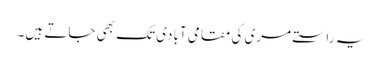
یہ راستے مری کی مقامی آبادی تک بھی جاتے ہیں۔